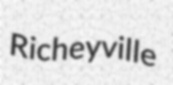
Richeyville